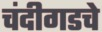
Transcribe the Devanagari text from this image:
चंदीगडचे